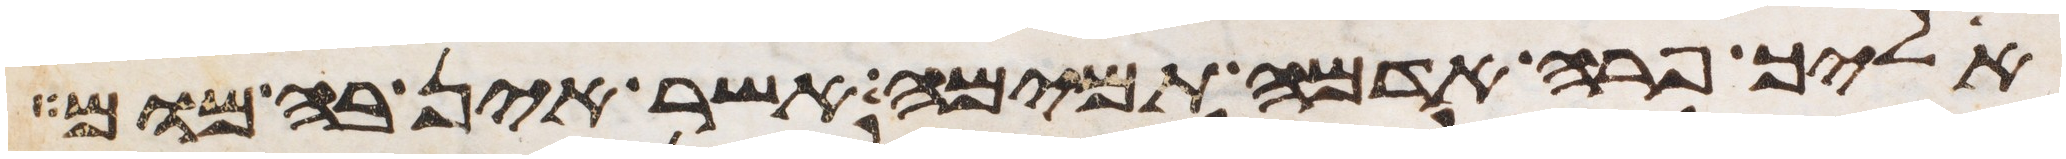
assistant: אליך פרה אדמה תמימה אשר אין בה מום